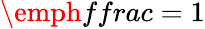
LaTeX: \emph{ffrac}=1